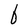
Character: b